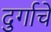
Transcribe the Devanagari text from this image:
दुर्गाचे